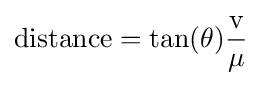
\mathrm {distance} =\mathrm {tan} (\theta ){\frac {\mathrm {v} }{\mathrm {\mu } }}